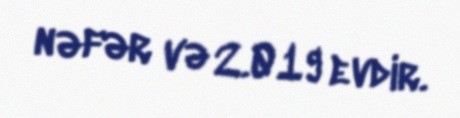
nəfər və 2.019 evdir.